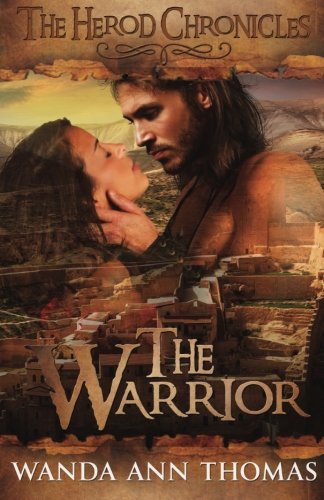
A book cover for The Warrior (The Herod Chronicles); Wanda Ann Thomas; Romance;